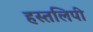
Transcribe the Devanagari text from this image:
हस्तलिपी